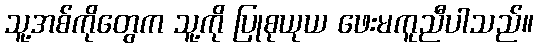
သူ့အစ်ကိုတွေက သူ့ကို ပြုစုယုယ ဖေးမကူညီပါသည်။